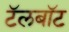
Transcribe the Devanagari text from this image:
टॅलबॉट